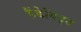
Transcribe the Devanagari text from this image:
हैंडेविड्ट